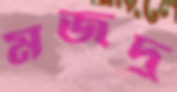
মজদু